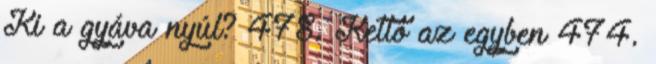
Ki a gyáva nyúl? 478. Kettő az egyben 474.